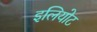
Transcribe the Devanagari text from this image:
इलियोट